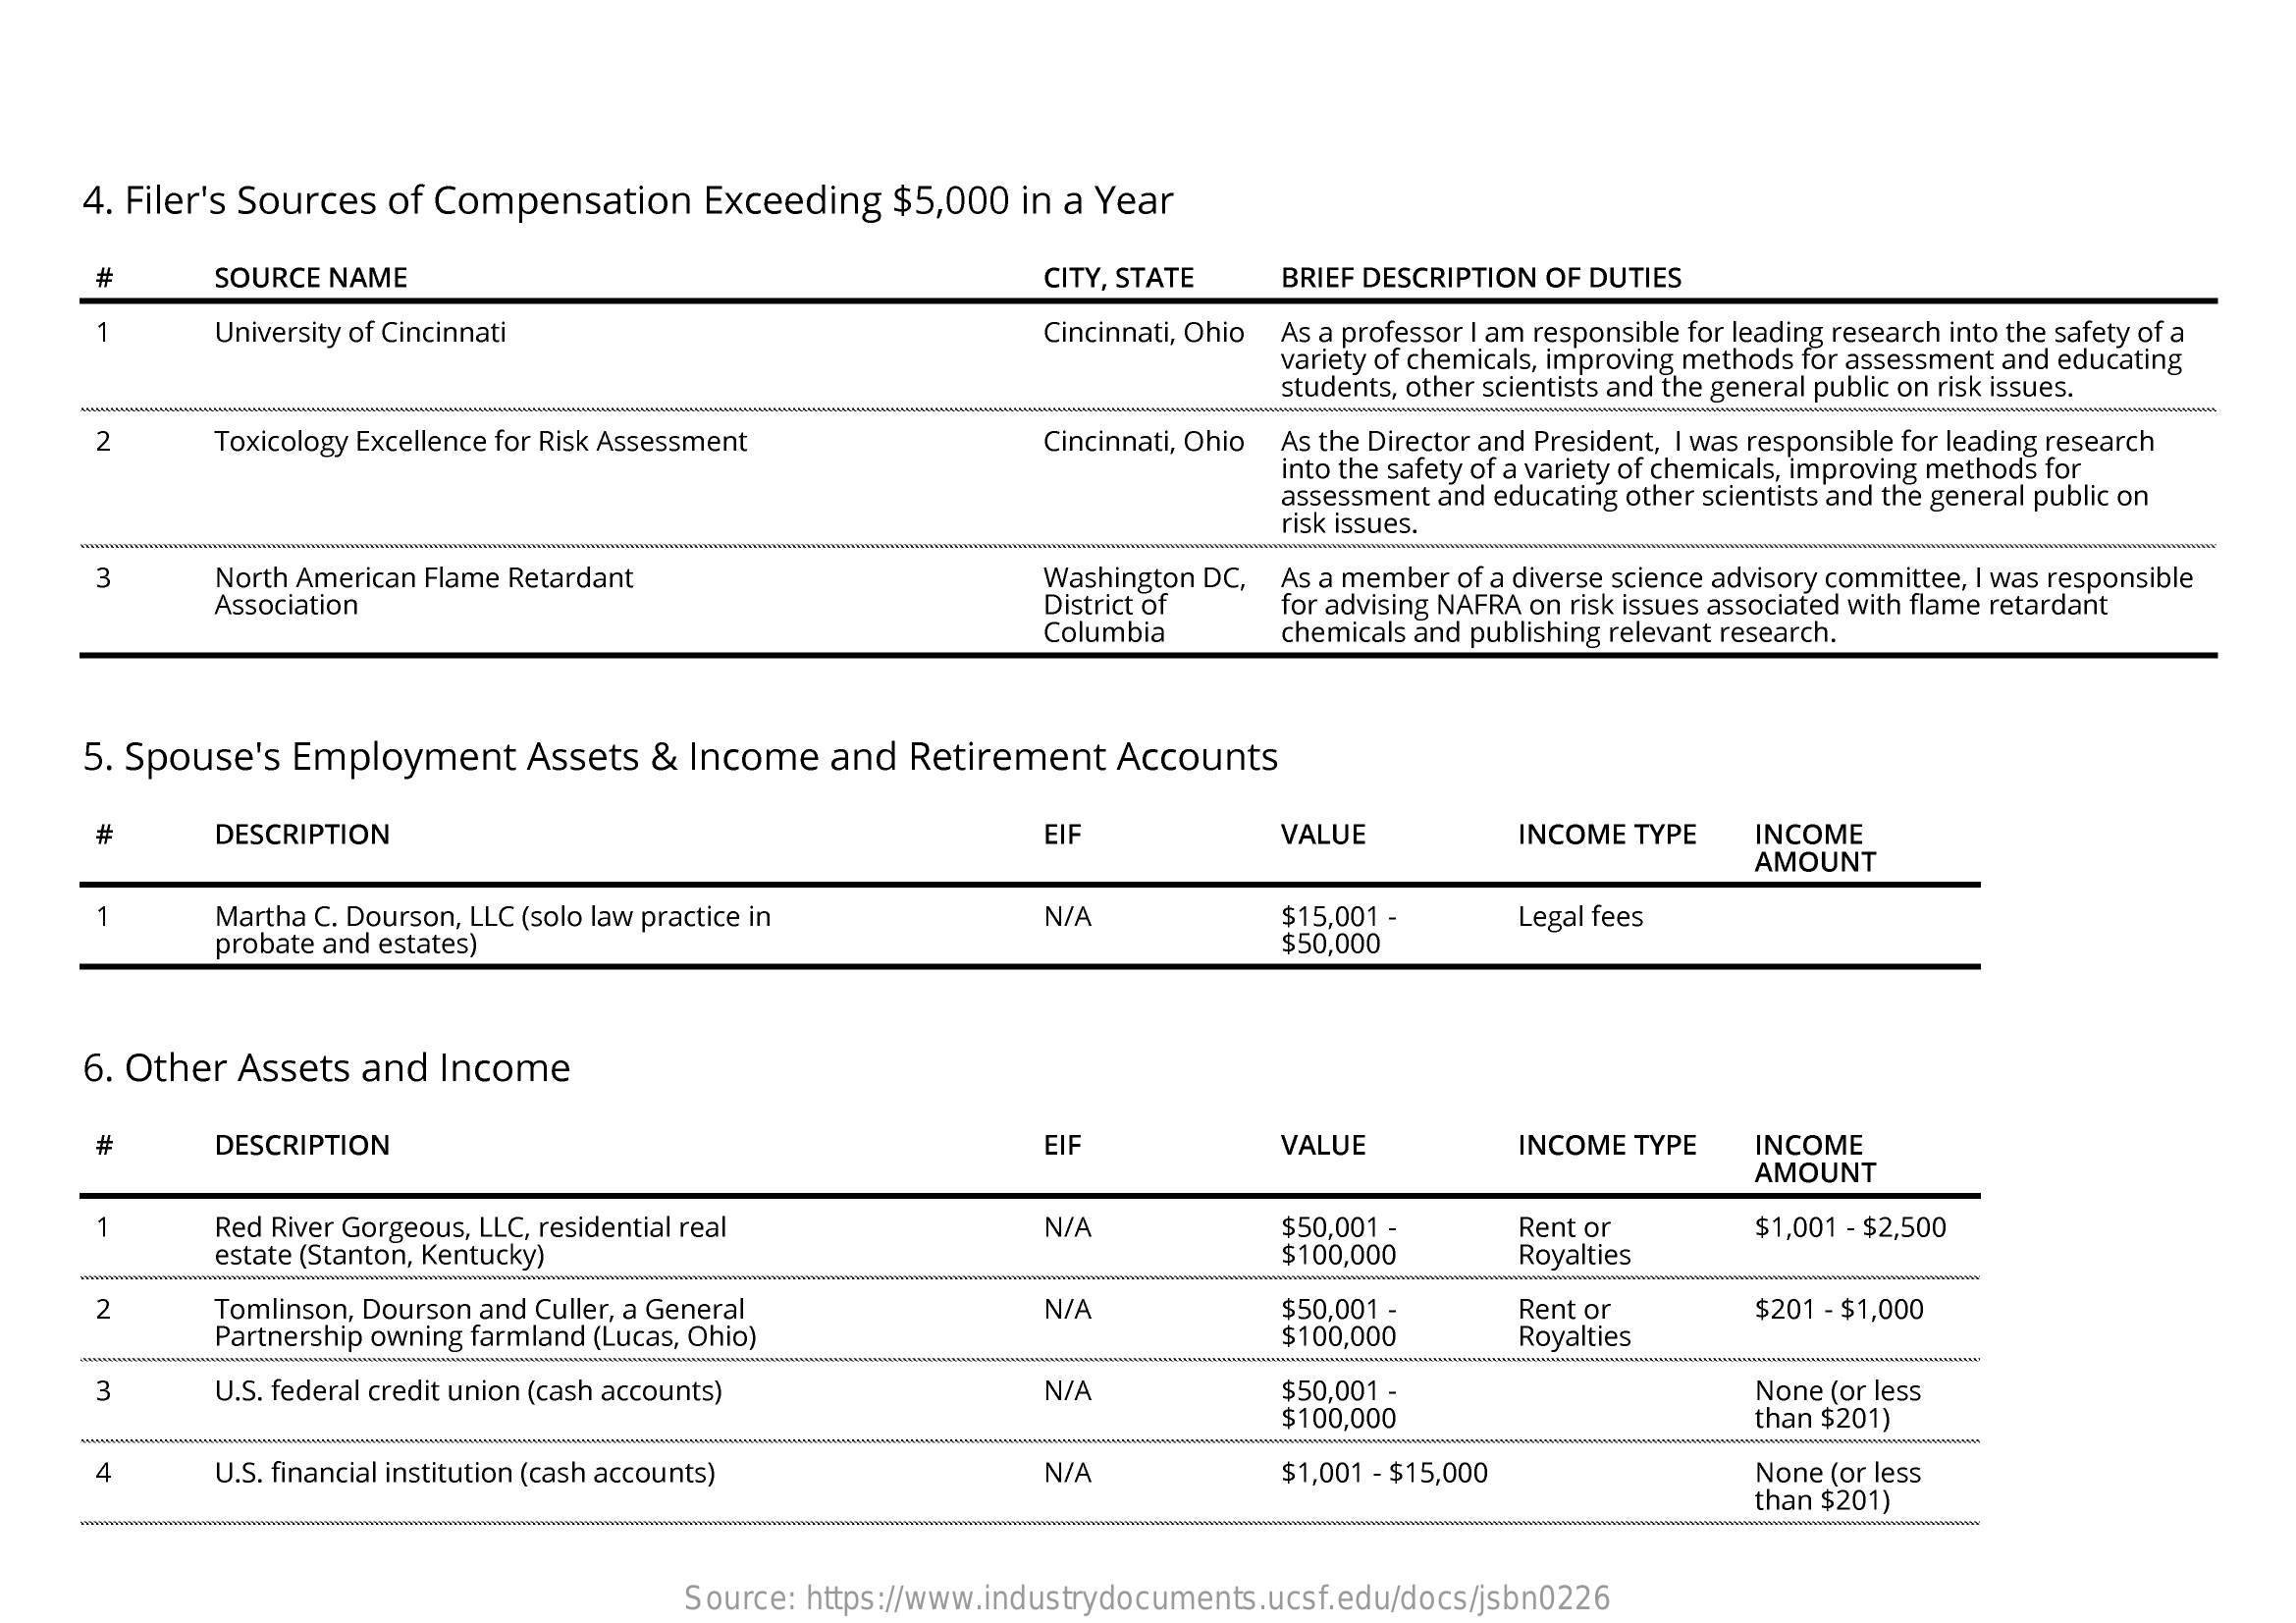
4. Filer's Sources of Compensation Exceeding $5,000 in a Year
     #    SOURCE NAME    CITY, STATE  BRIEF DESCRIPTION OF DUTIES
     1    University of Cincinnati    Cincinnati, Ohio As a professor I am responsible for leading research into the safety of a
     variety of chemicals, improving methods for assessment and educating
     students, other scientists and the general public on risk issues.
     2    Toxicology Excellence for Risk Assessment    Cincinnati, Ohio As the Director and President, I was responsible for leading research
     into the safety of a variety of chemicals, improving methods for
     assessment and educating other scientists and the general public on
     risk issues.
     3    North American Flame Retardant    Washington DC, As a member of a diverse science advisory committee, I was responsible
     Association    District of
     Columbia
     for advising NAFRA on risk issues associated with flame retardant
     chemicals and publishing relevant research.
     5. Spouse's Employment  Assets & Income and  Retirement Accounts
     #    DESCRIPTION    EIF    VALUE    INCOME TYPE  INCOME
     AMOUNT
     Martha C. Dourson, LLC (solo law practice in N/A    $15,001 -
     probate and estates)
     Legal fees
     $50,000
     6. Other Assets and Income
     #    DESCRIPTION    EIF    VALUE    INCOME TYPE INCOME
     AMOUNT
     1    Red River Gorgeous, LLC, residential real    N/A    $50,001 -    Rent or
     estate (Stanton, Kentucky)    $100,000    Royalties
     $1,001 - $2,500
     2    Tomlinson, Dourson and Culler, a General    N/A
     Partnership owning farmland (Lucas, Ohio)
     $50,001 -
     $100,000
     Rent or
     Royalties
     $201 - $1,000
     3    U.S. federal credit union (cash accounts)    N/A    $50,001 -
     $100,000
     None (or less
     than $201)
     4    U.S. financial institution (cash accounts)   N/A    $1,001 - $15,000    None (or less
     than $201)
     wwwwwwwwwwwwww
     Source: https://www.industrydocuments.ucsf.edu/docs/jsbn0226